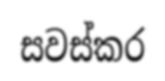
සවස්කර